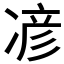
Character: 𫝏